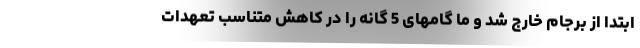
ابتدا از برجام خارج شد و ما گامهای 5 گانه را در کاهش متناسب تعهدات